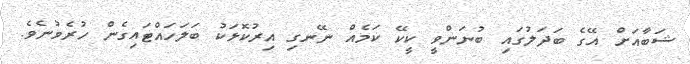
ޝަބާއަށް އޭގެ ބަދަލުގައި ބުނަންވީ ކީކޭ ކަމެއް ނޭނގި އިރުކޮޅަކު ބަލަހައްޓައިގެން ހުރެވުނެވެ.